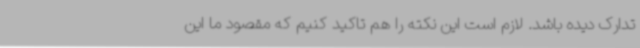
تدارک دیده باشد. لازم است این نکته را هم تاکید کنیم که مقصود ما این